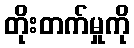
တိုးတက်မှုကို